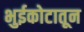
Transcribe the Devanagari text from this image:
भुईकोटातून